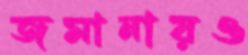
জমানায়ও